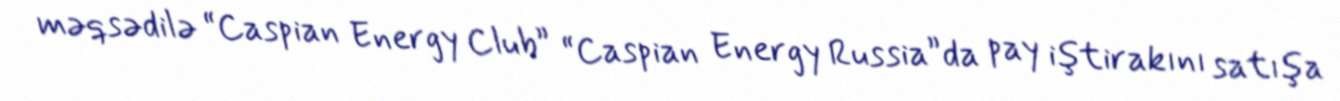
məqsədilə “Caspian Energy Club” “Caspian Energy Russia”da pay iştirakını satışa